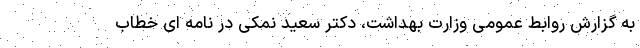
به گزارش روابط عمومی وزارت بهداشت، دکتر سعید نمکی در نامه ای خطاب